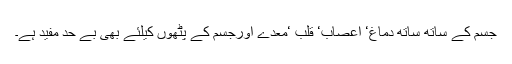
جسم کے ساتھ ساتھ دماغ‘ اعصاب‘ قلب ‘معدے اورجسم کے پٹھوں کیلئے بھی بے حد مفید ہے۔